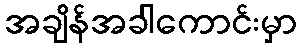
အချိန်အခါကောင်းမှာ